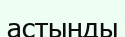
астыңды